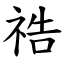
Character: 祰